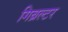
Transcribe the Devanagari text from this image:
गिब्रल्टर